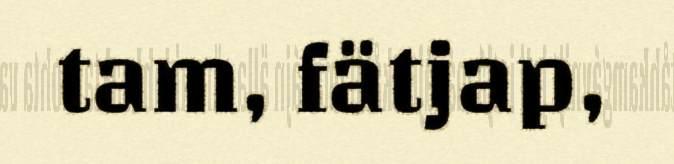
tam, fätjap,